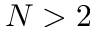
N > 2